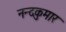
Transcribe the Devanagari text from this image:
नन्दकुमार